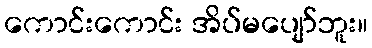
ကောင်းကောင်း အိပ်မပျော်ဘူး။